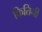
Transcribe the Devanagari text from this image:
कितिनी